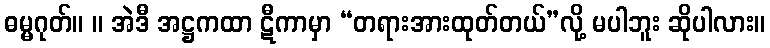
ဓမ္မဂုတ်။ ။ အဲဒီ အဋ္ဌကထာ ဋီကာမှာ “တရားအားထုတ်တယ်”လို့ မပါဘူး ဆိုပါလား။